Civil Veterinary Dept. Bombay admin report 1907-1913 - 1907-1913
Year: 1907
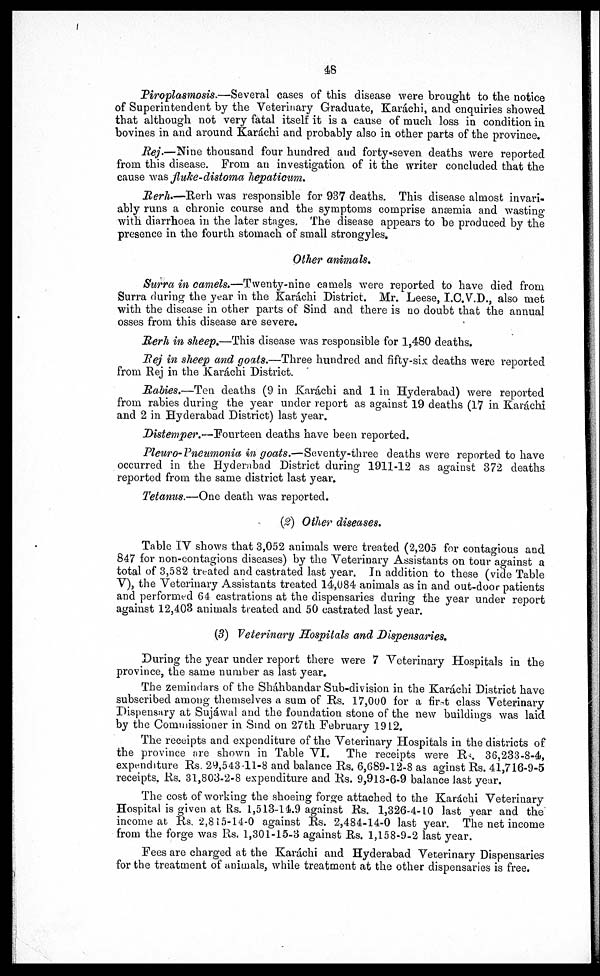
48
Piroplasmosis.—Several cases of this disease were brought to the notice
of Superintendent by the Veterinary Graduate, Karáchi, and enquiries showed
that although not very fatal itself it is a cause of much loss in condition in
bovines in and around Karáchi and probably also in other parts of the province.
Rej.—Nine thousand four hundred and forty-seven deaths were reported
from this disease. From an investigation of it the writer concluded that the
cause was fluke-distoma hepaticum.
Rerh.—Rerh was responsible for 937 deaths. This disease almost invari-
ably runs a chronic course and the symptoms comprise anæmia and wasting
with diarrhoea in the later stages. The disease appears to be produced by the
presence in the fourth stomach of small strongyles.
Other animals.
Surra in camels.—Twenty-nine
camels were reported to have died from
Surra during the year in the Karáchi District. Mr. Leese, I.C.V.D., also met
with the disease in other parts of Sind and there is no doubt that the annual
osses from this disease are severe.
Rerh in sheep.—This disease was responsible for 1,480 deaths.
Rej in sheep and goats.—Three hundred and fifty-six deaths were reported
from Rej in the Karáchi District.
Rabies.—Ten deaths (9 in Karáchi and 1 in Hyderabad) were reported
from rabies during the year under report as against 19 deaths (17 in Karachi
and 2 in Hyderabad District) last year.
Distemper.—Fourteen
deaths have been reported.
Pleuro-Pneumonia in goats.—Seventy-three
deaths were reported to have
occurred in the Hyderabad District during 1911-12 as against 372 deaths
reported from the same district last year.
Tetanus.—One death was reported.
(2) Other diseases.
Table IV shows that 3,052 animals were treated (2,205 for contagious and
847 for non-contagions diseases) by the Veterinary Assistants on tour against a
total of 3,582 treated and castrated last year. In addition to these (vide Table
V), the Veterinary Assistants treated 14,084 animals as in and out-door patients
and performed 64 castrations at the dispensaries during the year under report
against 12,403 animals treated and 50 castrated last year.
(3) Veterinary Hospitals and Dispensaries,
During the year under report there were 7 Veterinary Hospitals in the
province, the same number as last year.
The zemindars of the Sháhbandar Sub-division in the Karachi District have
subscribed among themselves a sum of Rs. 17,000 for a first class Veterinary
Dispensary at Sujáwal and the foundation stone of the new buildings was laid
by the Commissioner in Sind on 27th February 1912.
The receipts and expenditure of the Veterinary Hospitals in the districts of
the province are shown in Table VI.
The receipts were Rs. 36,233-8-4,
expenditure Rs. 29,543-11-8 and balance Rs. 6,689-12-8 as aginst Rs. 41,716-9-5
receipts, Rs. 31,803-2-8 expenditure and Rs. 9,913-6-9 balance last year.
The cost of working the shoeing forge attached to the Karáchi Veterinary
Hospital is given at Rs. 1,513-14.9 against Rs. 1,326-4-10 last year and the
income at Rs. 2,815-14-0 against Rs. 2,484-14-0 last year. The net income
from the forge was Rs. 1,301-15-3 against Rs. 1,158-9-2 last year.
Fees are charged at the Karáchi and Hyderabad Veterinary Dispensaries
for the treatment of animals, while treatment at the other dispensaries is free.